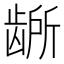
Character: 𫜭